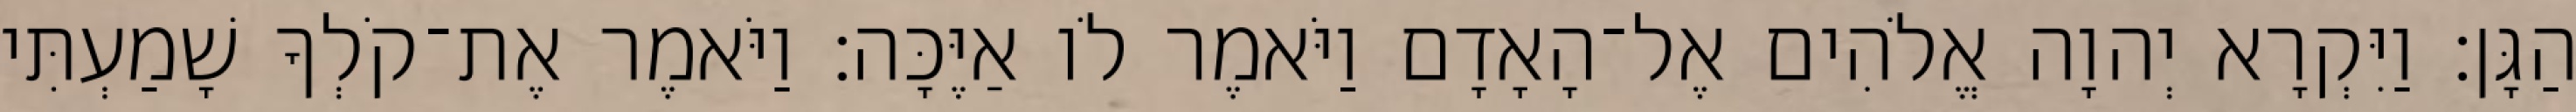
הַגָּן׃ וַיִּקְרָא יְהוָה אֱלֹהִים אֶל־הָאָדָם וַיֹּאמֶר לֹו אַיֶּכָּה׃ וַיֹּאמֶר אֶת־קֹלְךָ שָׁמַעְתִּי